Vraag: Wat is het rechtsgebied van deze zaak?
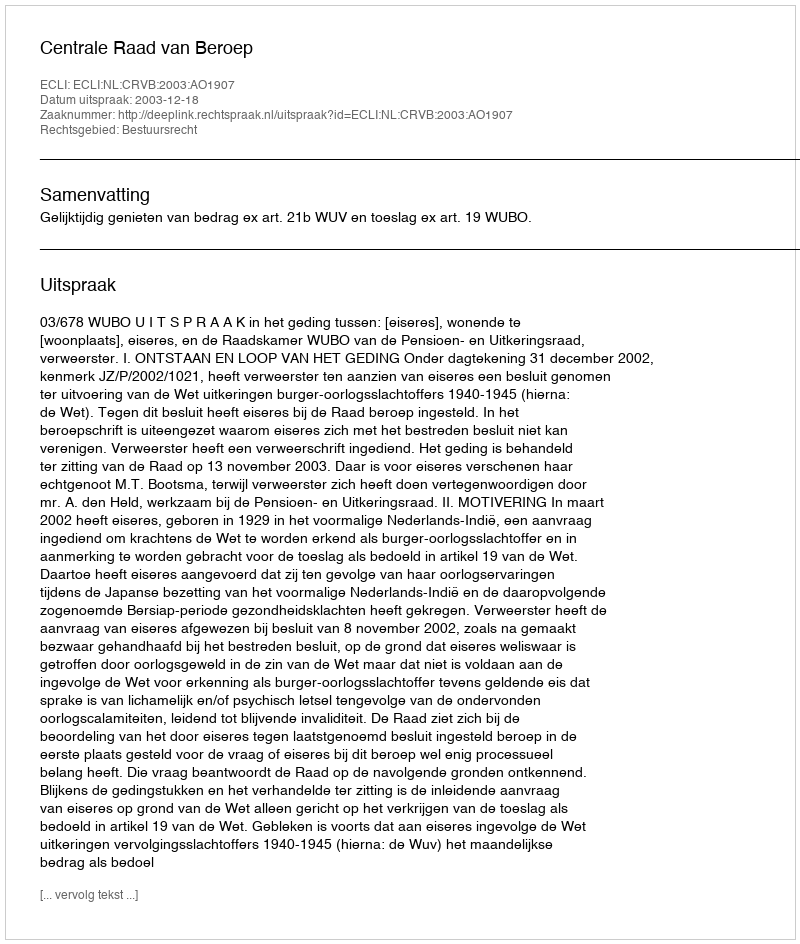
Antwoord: Bestuursrecht